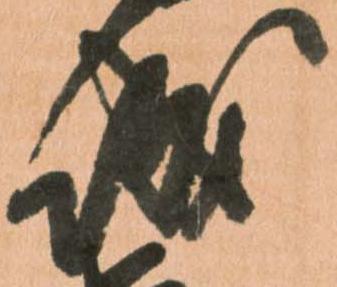
城